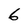
Character: 6